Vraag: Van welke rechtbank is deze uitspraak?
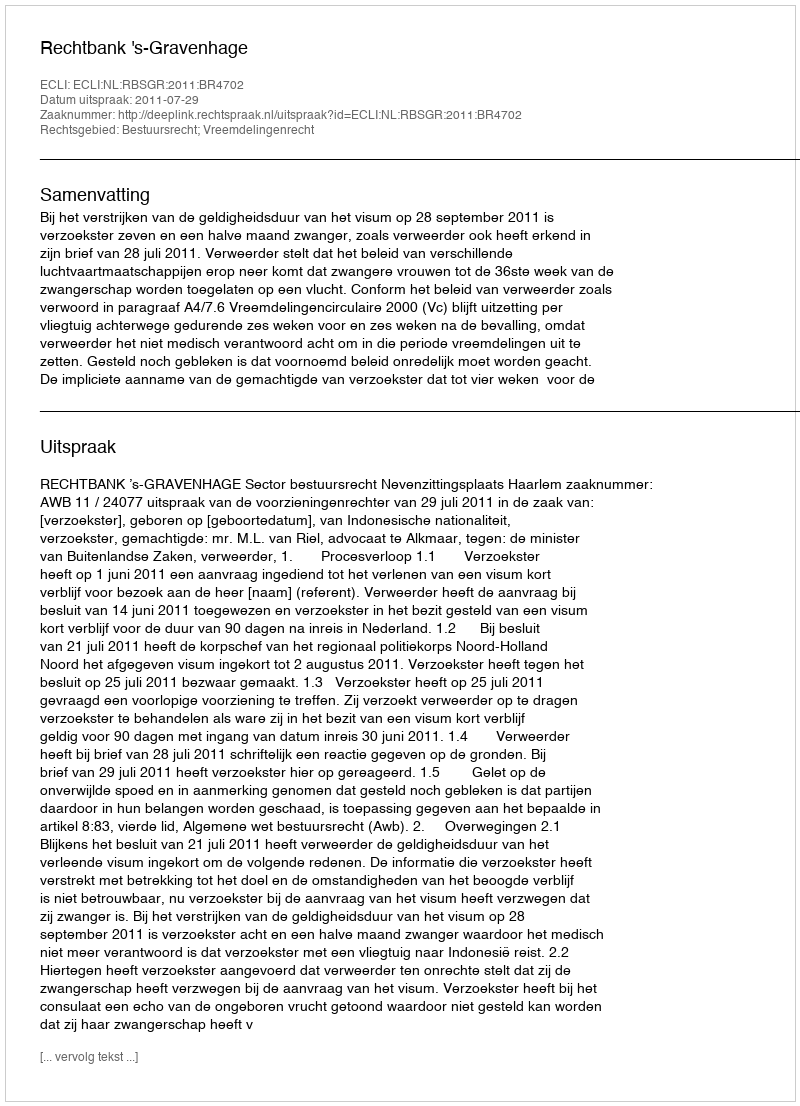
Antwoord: Rechtbank 's-Gravenhage